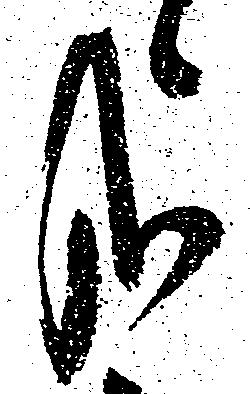
哉